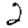
Digit: 2